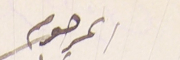
المرحوم